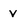
Character: v